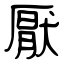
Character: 厭